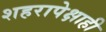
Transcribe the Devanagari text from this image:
शहरापेक्षाही